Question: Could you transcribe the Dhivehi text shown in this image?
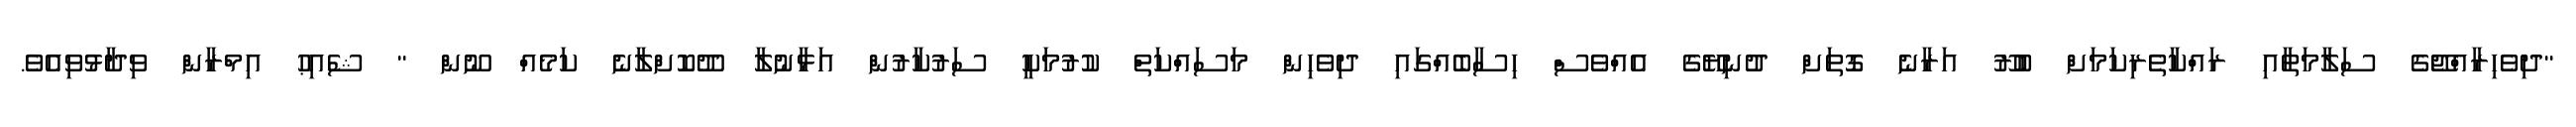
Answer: "ދިވެހިރާއްޖޭގެ ސަލާމަތާއި ރައްކާތެރިކަމަށް ބުރޫ އަރާނެ ގޮތަށް ދުނިޔޭގެ އެއްވެސް ހިސާބެއްގައި ދިވެހިން މަސައްކަތް ކުރުމަކީ ސަރުކާރުން އަޅާނުލާ ދޫކޮށްލާނެ ކަމެއް ނޫން " ޝެއިޙު އިމްރާން ވިދާޅުވިއެވެ.